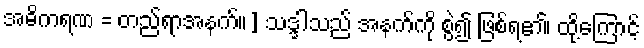
အဓိကရဏ = တည်ရာအနက်။] သဒ္ဒါသည် အနက်ကို စွဲ၍ ဖြစ်ရ၏၊ ထို့ကြောင့်